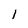
Character: l